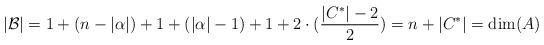
LaTeX: \begin{align*}\vert \mathcal{B} \vert = 1 + (n - \vert \alpha \vert) +1+ (\vert \alpha \vert - 1) + 1 + 2 \cdot (\frac{\vert C^* \vert - 2}{2}) = n + \vert C^* \vert = \dim(A)\end{align*}